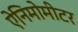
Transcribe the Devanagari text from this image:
ऐनिमोमीटर